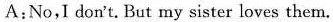
A:No,I don't.But my sister loves them.